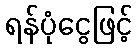
ရန်ပုံငွေဖြင့်